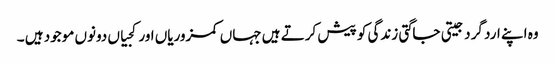
وہ اپنے ارد گرد جیتی جاگتی زندگی کو پیش کرتے ہیں جہاں کمزوریاں اور کجیاں دونوں موجود ہیں ۔